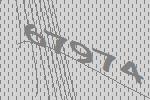
67974